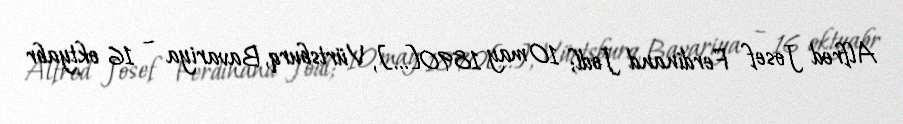
Alfred Josef Ferdinand Jodl; 10 may 1890[…], Vürtsburq, Bavariya – 16 oktyabr